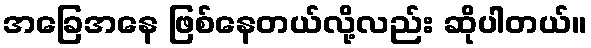
အခြေအနေ ဖြစ်နေတယ်လို့လည်း ဆိုပါတယ်။